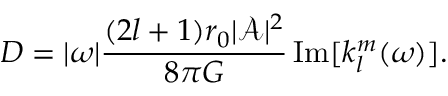
D = | \omega | \frac { ( 2 l + 1 ) r _ { 0 } | \mathcal { A } | ^ { 2 } } { 8 \pi G } \operatorname { I m } [ k _ { l } ^ { m } ( \omega ) ] .